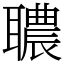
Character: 𦗳